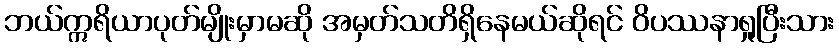
ဘယ်ဣရိယာပုတ်မျိုးမှာမဆို အမှတ်သတိရှိနေမယ်ဆိုရင် ဝိပဿနာရှုပြီးသား